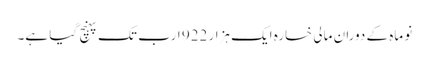
نو ماہ کے دوران مالی خسارہ ایک ہزار 922 ارب تک پہنچ گیا ہے۔